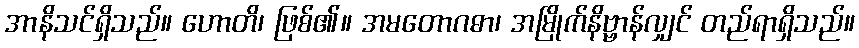
အာနိသင်ရှိသည်။ ဟောတိ၊ ဖြစ်၏။ အမတောဂဓာ၊ အမြိုက်နိဗ္ဗာန်လျှင် တည်ရာရှိသည်။